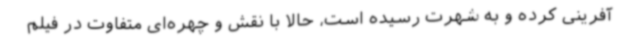
آفرینی کرده و به شهرت رسیده است، حالا با نقش و چهره‌ای متفاوت در فیلم